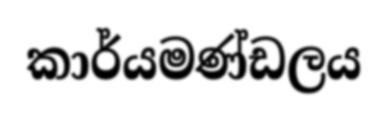
කාර්යමණ්ඩලය